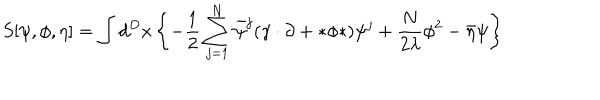
S [ \psi , \phi , \eta ] = \int d ^ { D } x \left\{ - \frac { 1 } { 2 } \sum _ { j = 1 } ^ { N } \bar { \psi } ^ { j } ( \gamma \cdot \partial + * \phi * ) \psi ^ { j } + \frac { N } { 2 \lambda } \phi ^ { 2 } - \bar { \eta } \psi \right\}